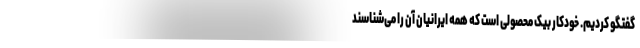
گفتگو کردیم. خودکار بیک محصولی است که همه ایرانیان آن را می‌شناسند